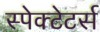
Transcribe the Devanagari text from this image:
स्पेक्टेटर्स